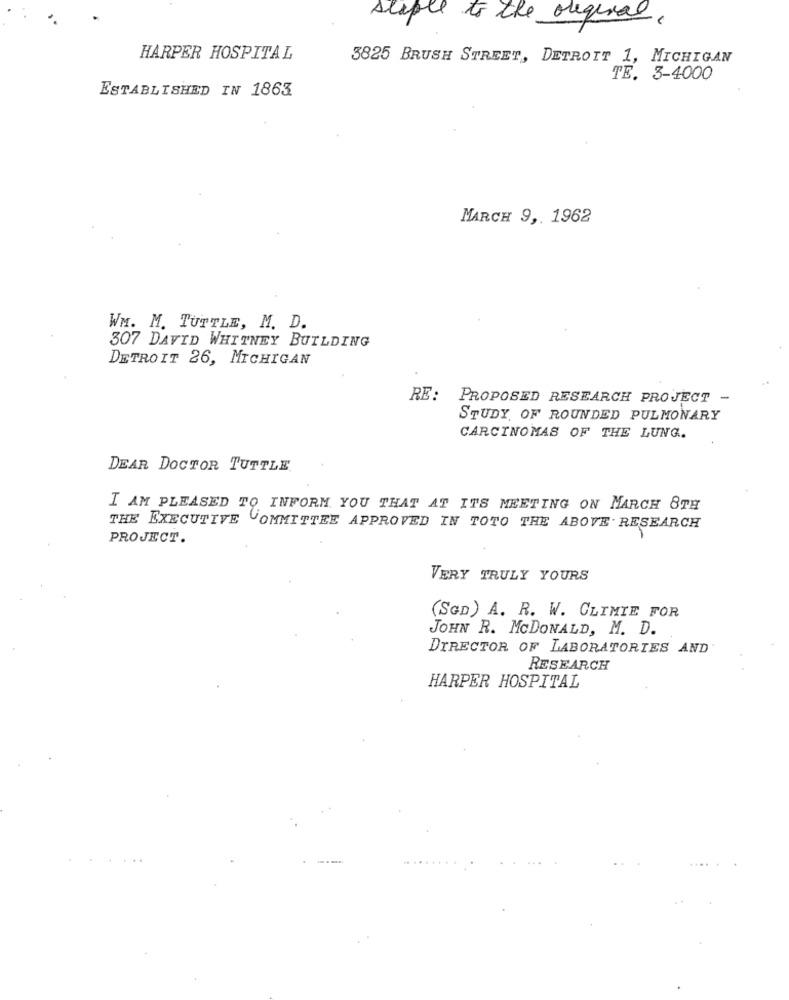
stapte to the orequal.
HARPER HOSPITAL
3825 BRUSH STREET, DETROIT 1, MICHIGAN
TE. 3-4000
ESTABLISHED IN 1863
MARCH 9 ,. 1962
WM. M. TUTTLE, M. D.
307 DAVID WHITNEY BUILDING
DETROIT 26, MICHIGAN
RE: PROPOSED RESEARCH PROJECT -
STUDY OF ROUNDED PULMONARY
CARCINOMAS OF THE LUNG.
DEAR DOCTOR TUTTLE
I AM PLEASED TO INFORM YOU THAT AT ITS MEETING ON MARCH 8TH
THE EXECUTIVE COMMITTEE APPROVED IN TOTO THE ABOVE. RESEARCH
PROJECT.
VERY TRULY YOURS
(SGD) A. R. W. CLIMIE FOR
JOHN R. MCDONALD, M. D.
DIRECTOR OF LABORATORIES AND
RESEARCH
HARPER HOSPITAL